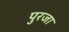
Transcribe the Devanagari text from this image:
पुरजा